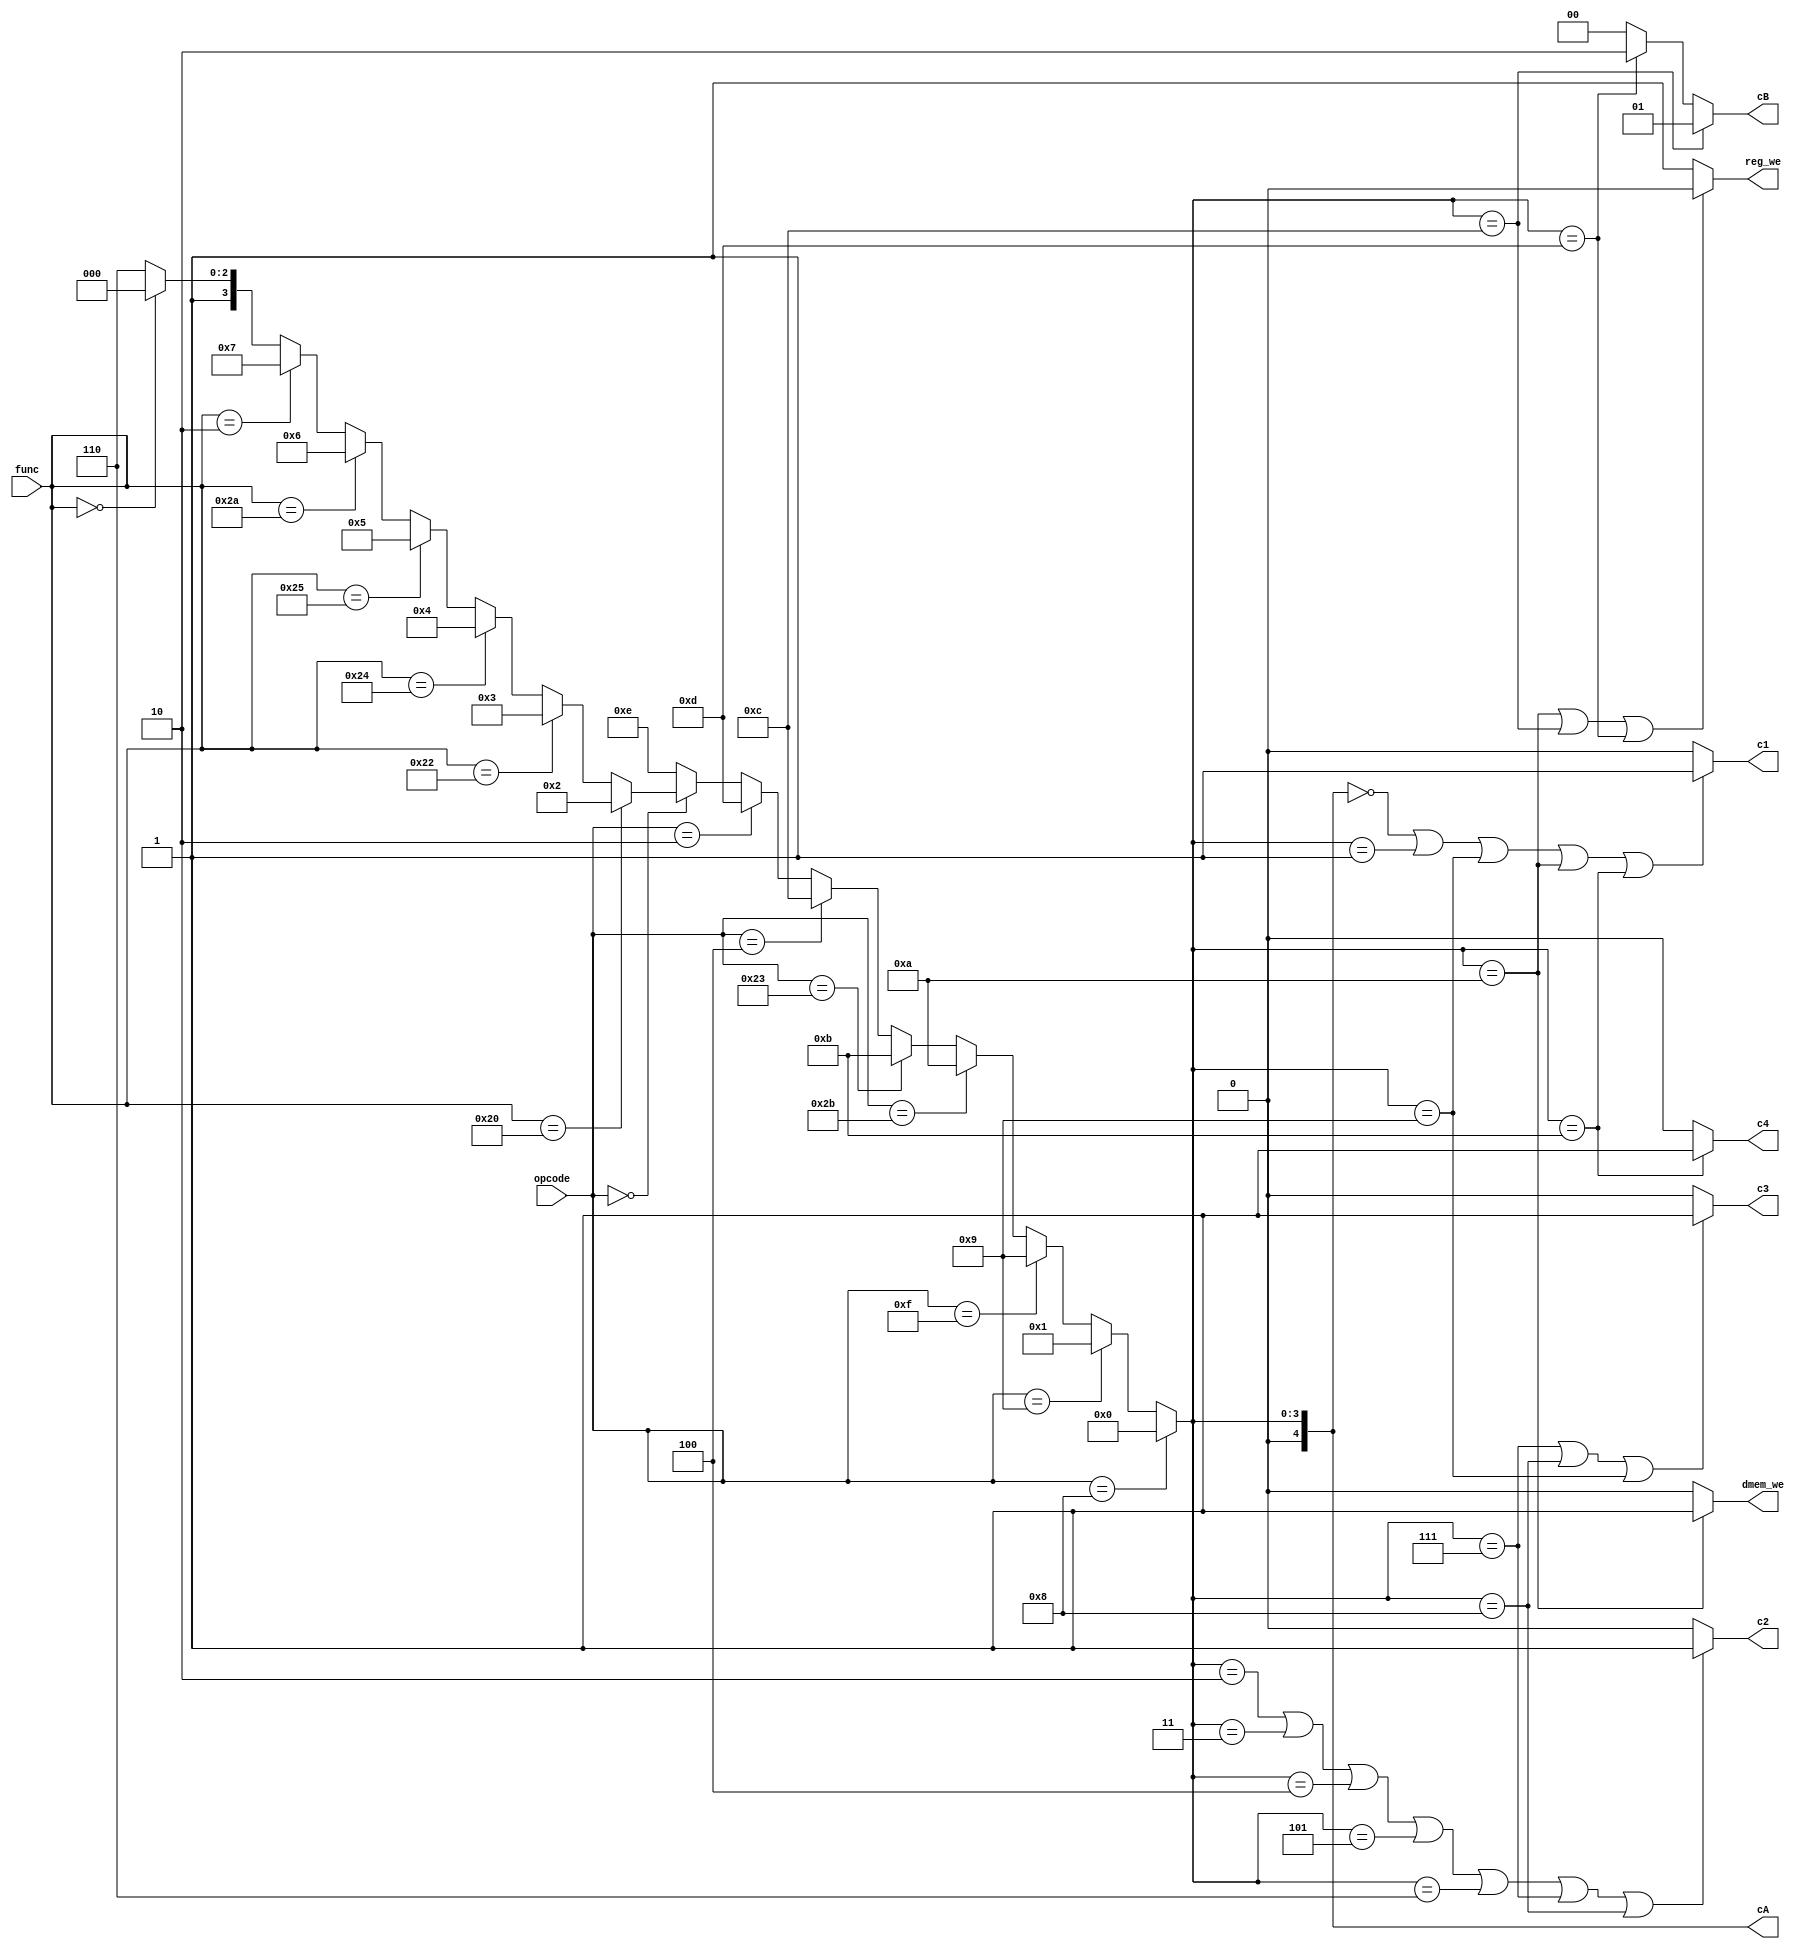
`timescale 1ns / 1ps
module control_unit(//
    input [5:0] opcode,
    input [5:0] func,
    
    output c1,
    output c2,
    output c3,
    output c4,
    output [4:0] cA,
    output [1:0] cB,
    output dmem_we,
    output reg_we
    );
    wire [4:0] inst_type;//0-ADDI 1-ADDIU 2-ADD 3-SUB 4-AND 5-OR 6-SLT 7-SRL 8-SLL 9-LUI 10-SW 11-LW 12-BEQ 13-J 14-reserved

    assign inst_type = (opcode == 6'b001000) ? 0:
                       (opcode == 6'b001001) ? 1:
                       (opcode == 6'b001111) ? 9:
                       (opcode == 6'b101011) ? 10:
                       (opcode == 6'b100011) ? 11:
                       (opcode == 6'b000100) ? 12:
                       (opcode == 6'b000010) ? 13:
                       (opcode == 6'b000000) ? (
                           (func == 6'b100000) ? 2:
                           (func == 6'b100010) ? 3:
                           (func == 6'b100100) ? 4:
                           (func == 6'b100101) ? 5:
                           (func == 6'b101010) ? 6:
                           (func == 6'b000010) ? 7:
                           (func == 6'b000000) ? 8:14 ):14;
    
    assign c1 = (inst_type == 0 || inst_type == 1 || inst_type == 9 || inst_type == 10 || inst_type == 11) ? 1:0;
    assign c2 = (inst_type == 2 || inst_type == 3 || inst_type == 4 || inst_type == 5 || inst_type == 6 || inst_type == 7 || inst_type == 8) ? 1:0;
    assign c3 = (inst_type == 7 || inst_type == 8 || inst_type == 9) ? 1:0;
    assign c4 = (inst_type == 11) ? 1:0;
    /*assign cA = (inst_type == 0 || inst_type == 12 || inst_type == 13) ? 9'b000000001:
                (inst_type == 1) ? 9'b000000010:
                (inst_type == 2) ? 9'b000000100:
                (inst_type == 3) ? 9'b000001000:
                (inst_type == 4) ? 9'b000010000:
                (inst_type == 5) ? 9'b000100000:
                (inst_type == 6) ? 9'b001000000:
                (inst_type == 7) ? 9'b010000000:
                (inst_type == 8) ? 9'b100000000:9'b000000000;*/
    assign cA = inst_type;
    assign cB = (inst_type == 12) ? 2'b01:
                (inst_type == 13) ? 2'b10: 2'b00;
    assign dmem_we = (inst_type == 10) ? 1:0;
    assign reg_we = (inst_type == 10 || inst_type == 12 || inst_type == 13) ? 0:1;
    
endmodule